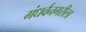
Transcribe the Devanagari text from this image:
गंधर्वनगरीला